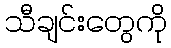
သီချင်းတွေကို